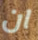
ان